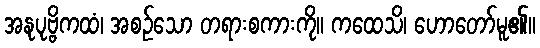
အနုပုဗ္ဗိကထံ၊ အစဉ်သော တရားစကားကို။ ကထေသိ၊ ဟောတော်မူ၏။